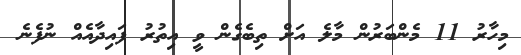
މިހާރު 11 މެންބަރުން މާލެ އަށް ތިބެގެން ވީ އިތުރު ފައިދާއެއް ނުފެނެ